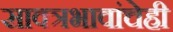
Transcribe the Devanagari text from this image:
सावत्रभावांचेही